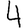
Digit: 4